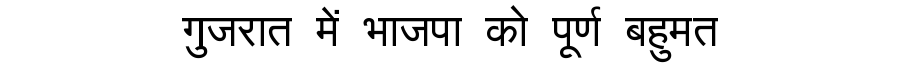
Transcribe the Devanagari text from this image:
गुजरात में भाजपा को पूर्ण बहुमत